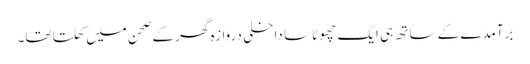
برآمدے کے ساتھ ہی ایک چھوٹا سا داخلی دروازہ گھر کے صحن میں کھلتا تھا۔